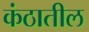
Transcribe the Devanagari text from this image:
कंठातील